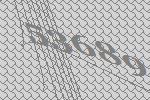
53689